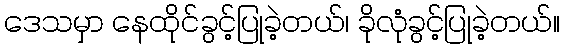
ဒေသမှာ နေထိုင်ခွင့်ပြုခဲ့တယ်၊ ခိုလုံခွင့်ပြုခဲ့တယ်။